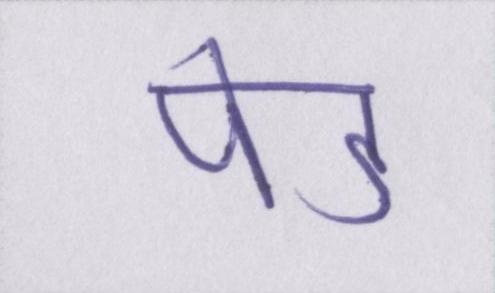
पेड